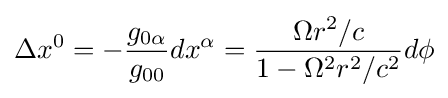
\Delta x^{0}=-{\frac {g_{0\alpha }}{g_{00}}}dx^{\alpha }={\frac {\Omega r^{2}/c}{1-\Omega ^{2}r^{2}/c^{2}}}d\phi